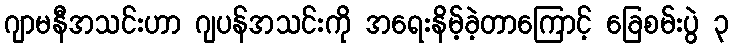
ဂျာမနီအသင်းဟာ ဂျပန်အသင်းကို အရေးနိမ့်ခဲ့တာကြောင့် ခြေစမ်းပွဲ ၃